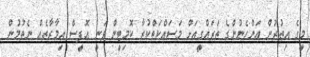
މީގެ އިތުރުން އަންހެނުންގެ ތަރައްގީއަށް މަސައްކަތްކުރާ ކޮމިޓީން ވަނީ އޮފީސް އިމާރާތެއް ނެތުމުން